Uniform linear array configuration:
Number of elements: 8
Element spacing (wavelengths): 0.5
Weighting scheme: blackman
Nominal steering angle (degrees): -30
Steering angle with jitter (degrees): -29.067
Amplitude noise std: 0.05
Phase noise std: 0.05

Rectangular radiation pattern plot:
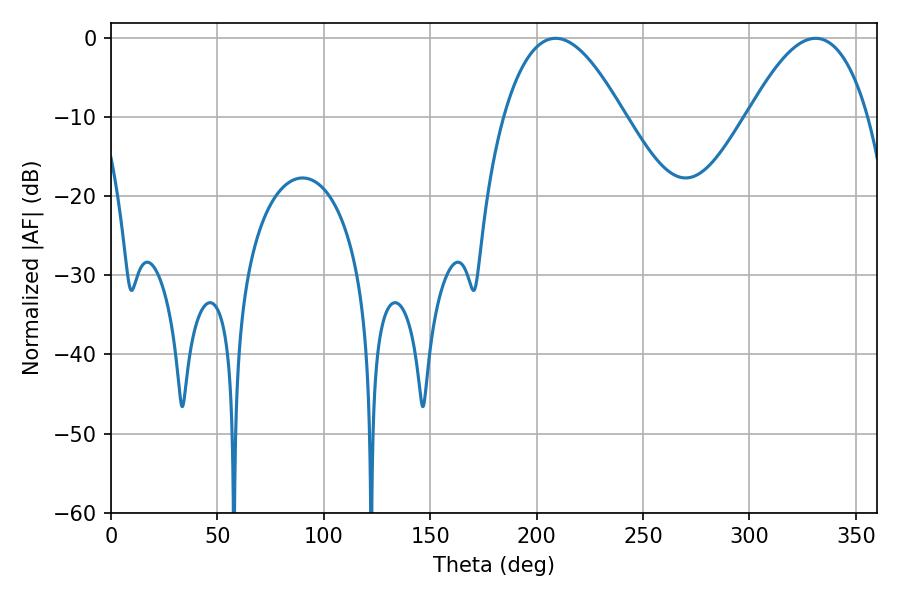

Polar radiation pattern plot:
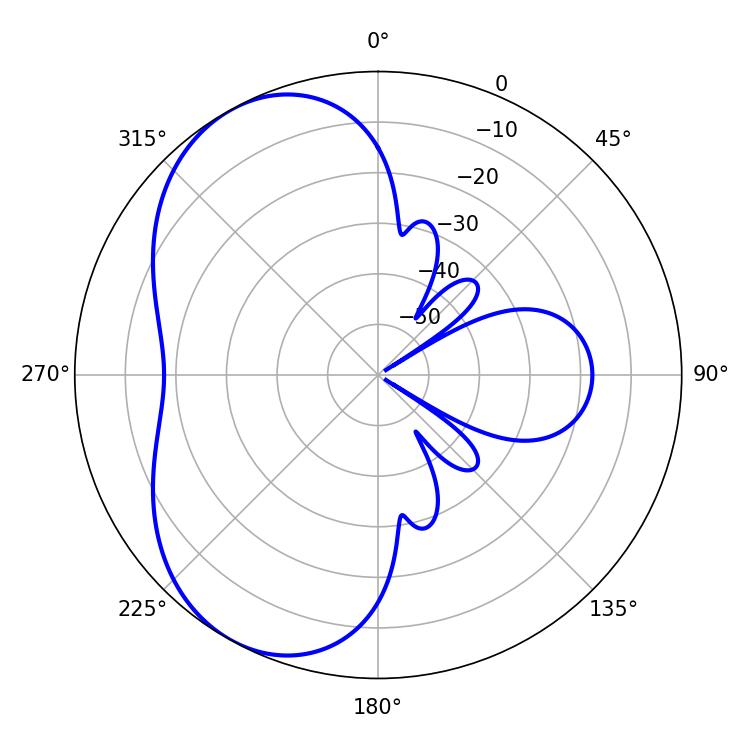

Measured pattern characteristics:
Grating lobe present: FALSE
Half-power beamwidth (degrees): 30.78
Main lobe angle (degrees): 208.98